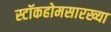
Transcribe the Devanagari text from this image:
स्टॉकहोमसारख्या